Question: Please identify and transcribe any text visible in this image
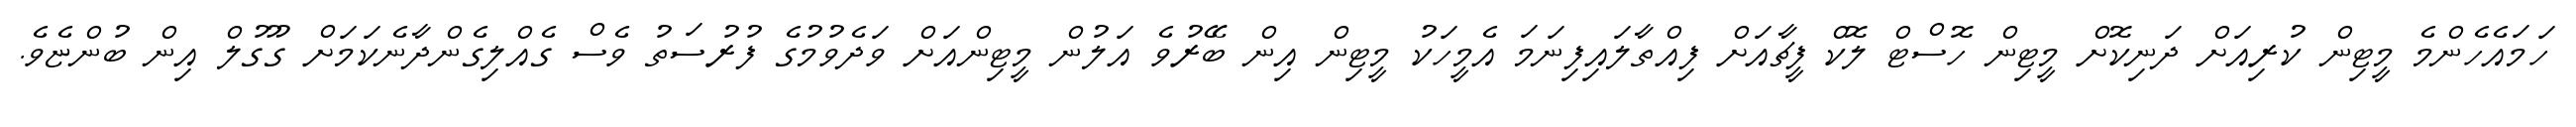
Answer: ހަމައެހެންމެ މީޓިން ކުރިއަށް ދަނިކޮށް މީޓިން ހޮސްޓް ލޮކް ފީޗާއަށް ފިއްތާލައިފިނަމަ އެމީހަކު މީޓިން އިން ބޭރުވެ އަލުން މީޓިންއަށް ވަދެވުމުގެ ފުރުސަތު ވެސް ގެއްލިގެންދާނެކަމަށް ގޫގުލް އިން ބުންޏެވެ.